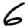
Digit: 6